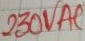
Text: 230VA1